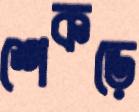
শেকড়ে